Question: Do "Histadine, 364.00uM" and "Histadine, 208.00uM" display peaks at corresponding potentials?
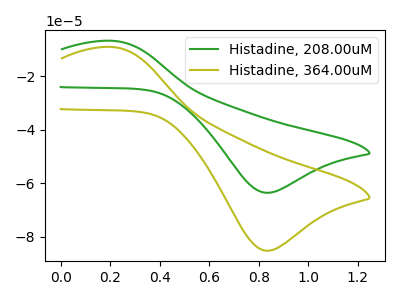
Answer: <think>The green curve "Histadine, 208.00uM" has an anodic peak at (0.20V, -6.80uA) and a cathodic peak at (0.85V, -63.55uA). The olive curve "Histadine, 364.00uM" has an anodic peak at (0.20V, -9.15uA) and a cathodic peak at (0.85V, -85.20uA).</think>
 <answer>Yes, "Histadine, 364.00uM" have a peak in "Histadine, 208.00uM" at the same potential.</answer>
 <eval>match</eval>